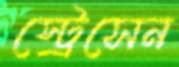
স্ট্রেসেন